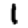
Digit: 1